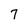
Character: 7